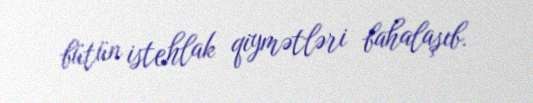
bütün istehlak qiymətləri bahalaşıb.